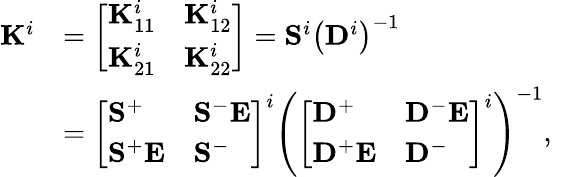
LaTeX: \begin{array}{rlr}{\mathbf{K}^{i}}&{=\left[\begin{array}{ll}{\mathbf{K}_{11}^{i}}&{\mathbf{K}_{12}^{i}}\\ {\mathbf{K}_{21}^{i}}&{\mathbf{K}_{22}^{i}}\end{array}\right]=\mathbf{S}^{i}\left(\mathbf{D}^{i}\right)^{-1}}&\\ &{=\left[\begin{array}{ll}{\mathbf{S}^{+}}&{\mathbf{S}^{-}\mathbf{E}}\\ {\mathbf{S}^{+}\mathbf{E}}&{\mathbf{S}^{-}}\end{array}\right]^{i}\left(\left[\begin{array}{ll}{\mathbf{D}^{+}}&{\mathbf{D}^{-}\mathbf{E}}\\ {\mathbf{D}^{+}\mathbf{E}}&{\mathbf{D}^{-}}\end{array}\right]^{i}\right)^{-1},}\end{array}